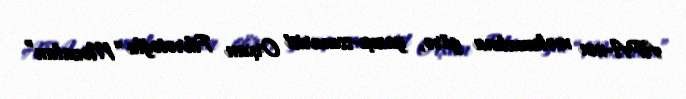
APA-nın məlumatına görə, yazıçı-ssenarist Orxan Fikrətoğlu “Mozalan”